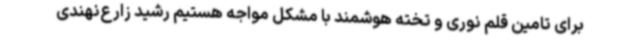
برای تامین قلم نوری و تخته هوشمند با مشکل مواجه هستیم رشید زارع‌نهندی